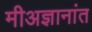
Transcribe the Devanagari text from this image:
मीअज्ञानांत